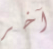
آخر